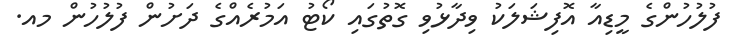
ފުލުހުންގެ މީޑިއާ އޮފިޝަލަކު ވިދާޅުވި ގޮތުގައި ކޯޓު އަމުރެއްގެ ދަށުން ފުލުހުން މއ.